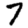
Digit: 7